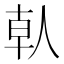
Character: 倝